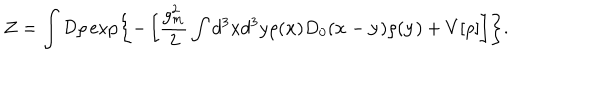
{ \cal Z } = \int { \cal D } \rho \exp \left\{ - \left[ \frac { g _ { m } ^ { 2 } } { 2 } \int d ^ { 3 } x d ^ { 3 } y \rho ( { \bf x } ) D _ { 0 } ( { \bf x } - { \bf y } ) \rho ( { \bf y } ) + V [ \rho ] \right] \right\} .